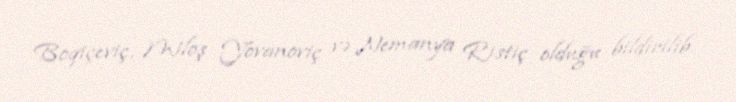
Boqiçeviç, Miloş Yovanoviç və Nemanya Ristiç olduğu bildirilib.